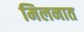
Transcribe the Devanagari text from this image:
मिलनात